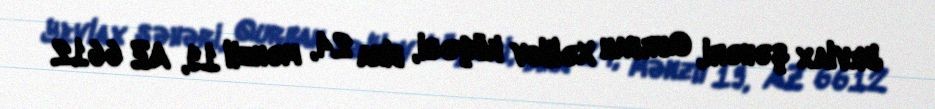
Yevlax şəhəri, Qurban Xəlilov küçəsi, bina 24, mənzil 19, AZ 6612